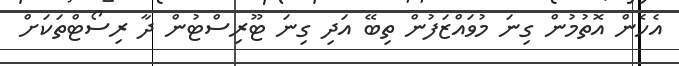
އެހެން އޮތުމުން ގިނަ މުވައްޒަފުން ތިބޭ އަދި ގިނަ ޓޫރިސްޓުން ދާ ރިސޯޓްތަކަށް